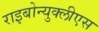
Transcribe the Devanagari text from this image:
राइबोन्युक्लीएस